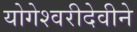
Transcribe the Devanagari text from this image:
योगेश्वरीदेवीने